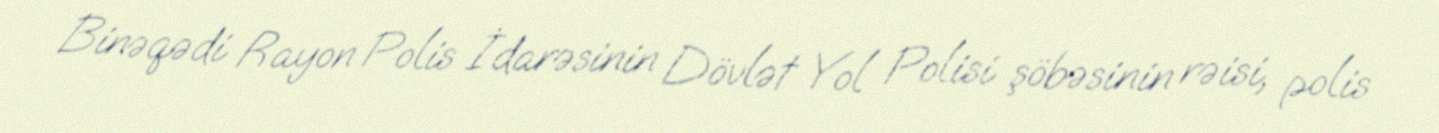
Binəqədi Rayon Polis İdarəsinin Dövlət Yol Polisi şöbəsinin rəisi, polis